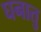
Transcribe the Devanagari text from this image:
घनातु